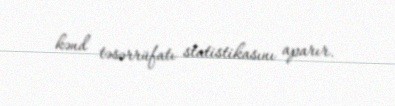
kənd təsərrüfatı statistikasını aparır.